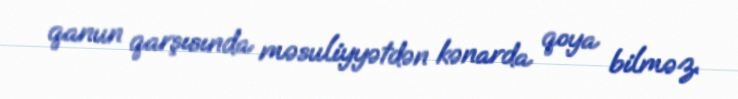
qanun qarşısında məsuliyyətdən kənarda qoya bilməz.